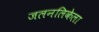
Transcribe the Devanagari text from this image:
जलनलिकेला